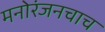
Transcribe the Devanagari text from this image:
मनोरंजनचाच